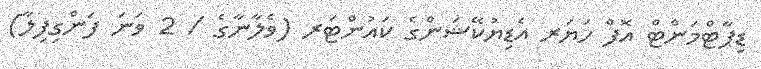
ޑިޕާޓްމަންޓް އޮފް ހަޔަރ އެޑިޔުކޭޝަންގެ ކައުންޓަރ (ވެލާނާގެ / 2 ވަނަ ފަންގިފިލާ)